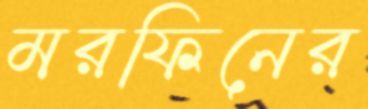
মরফিনের